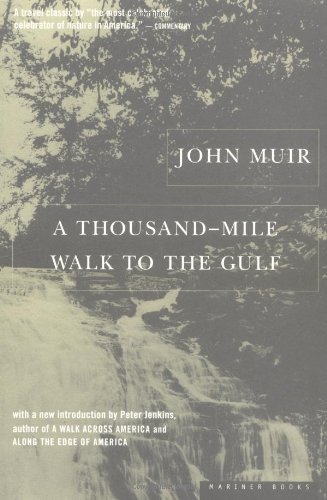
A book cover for A Thousand-Mile Walk to the Gulf; John Muir; Travel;